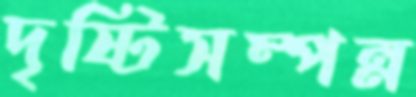
দৃষ্টিসম্পন্ন